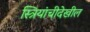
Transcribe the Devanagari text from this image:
स्त्रियांचीदेखील